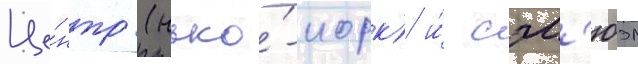
Це́нтр (нью́-иорк) и́ сэм'юэл